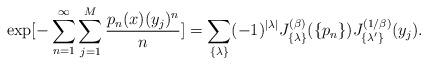
LaTeX: \begin{align*}\exp [-\sum_{n=1}^{\infty} \sum_{j=1}^{M} { p_n(x) (y_j)^n \over n}]= \sum_{\{ \lambda \} } (-1)^{|\lambda|}J_{\{ \lambda \} }^{(\beta)}(\{ p_n \} )J_{\{ \lambda'\} }^{(1/\beta)}(y_j).\end{align*}